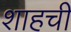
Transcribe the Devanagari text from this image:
शाहची